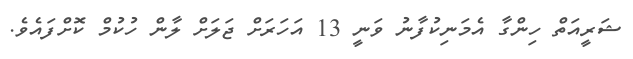
ޝަރީއަތް ހިންގާ އެމަނިކުފާނު ވަނީ 13 އަހަރަށް ޖަލަށް ލާން ހުކުމް ކޮށްފައެވެ.